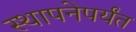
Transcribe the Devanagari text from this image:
स्थापनेपर्यंत